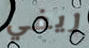
ريفي